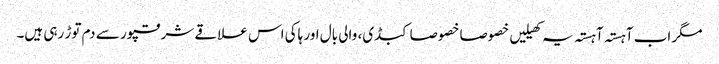
مگر اب آہستہ آہستہ یہ کھیلیں خصوصا خصوصا کبڈی، والی بال اور ہاکی اس علاقے شرقپور سے دم توڑ رہی ہیں۔